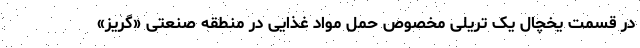
در قسمت یخچال یک تریلی مخصوص حمل مواد غذایی در منطقه صنعتی «گریز»